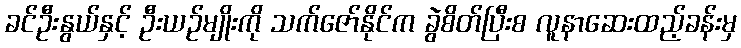
ခင်ဦးနွယ်နှင့် ဦးယဉ်မျိုးကို သက်ဇော်နိုင်က ခွဲစိတ်ပြီးစ လူနာဆေးထည့်ခန်းမှ